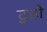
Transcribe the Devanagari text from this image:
टुडो